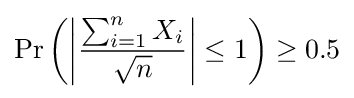
\Pr \left(\left|{\frac {\sum _{i=1}^{n}X_{i}}{\sqrt {n}}}\right|\leq 1\right)\geq 0.5